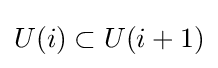
{\textstyle U(i)\subset U(i+1)}